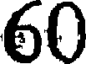
60